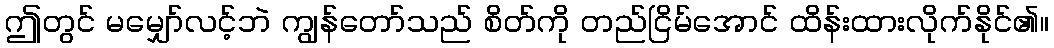
ဤတွင် မမျှော်လင့်ဘဲ ကျွန်တော်သည် စိတ်ကို တည်ငြိမ်အောင် ထိန်းထားလိုက်နိုင်၏။